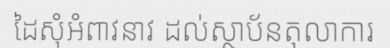
ដៃសុំអំពាវនាវ ដល់ស្ថាប័នតុលាការ